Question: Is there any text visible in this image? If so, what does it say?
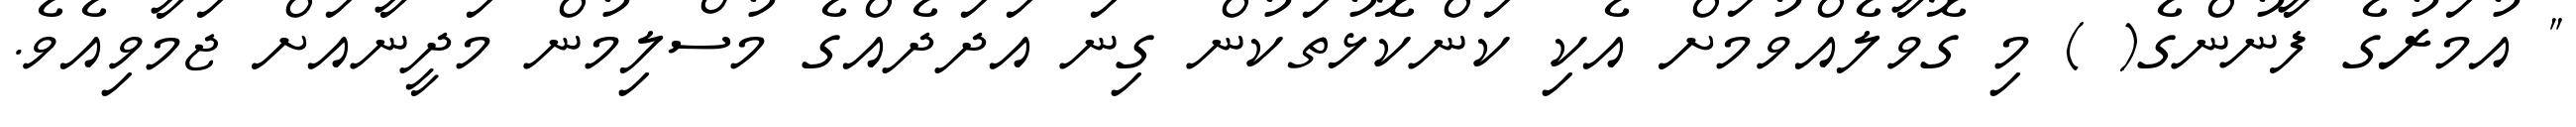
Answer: " އުމަރުގެ ފާނުންގެ( ) މި ގޮވާލެއްވުމަށް އެކި ކަންކޮޅުތަކުން ގިނަ އަދަދެއްގެ މުސްލިމުން މަދީނާއަށް ޖަމާވިއެވެ.